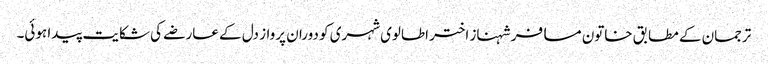
ترجمان کے مطابق خاتون مسافر شہناز اختر اطالوی شہری کو دوران پرواز دل کے عارضے کی شکایت پیدا ہوئی۔